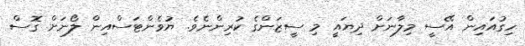
ހިގުއައިން އޭސީ މިލާނަށް ދިޔައީ މި ސީޒަންގެ ކުރިންނެވެ. ޔުވެންޓަސްއިން ލޯނަށް ގޮސް